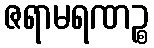
ဇရာမရဏဉ္စ